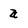
Character: a